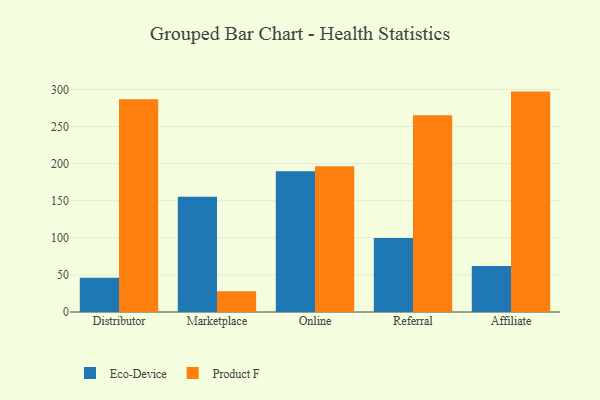
{"axis": {"x": "Channel", "y": "Waste Production (Tons)"}, "legend": ["Eco-Device", "Product F"], "data": [{"x": "Distributor", "y": 46.3, "type": "Eco-Device"}, {"x": "Distributor", "y": 286.7, "type": "Product F"}, {"x": "Marketplace", "y": 155.2, "type": "Eco-Device"}, {"x": "Marketplace", "y": 28.0, "type": "Product F"}, {"x": "Online", "y": 189.7, "type": "Eco-Device"}, {"x": "Online", "y": 196.4, "type": "Product F"}, {"x": "Referral", "y": 99.6, "type": "Eco-Device"}, {"x": "Referral", "y": 265.2, "type": "Product F"}, {"x": "Affiliate", "y": 62.1, "type": "Eco-Device"}, {"x": "Affiliate", "y": 297.0, "type": "Product F"}]}